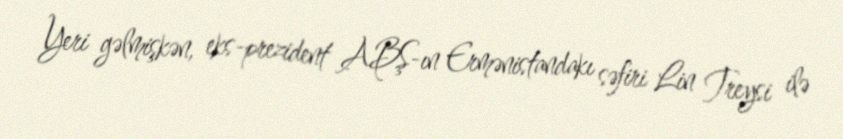
Yeri gəlmişkən, eks-prezident ABŞ-ın Ermənistandakı səfiri Lin Treysi ilə